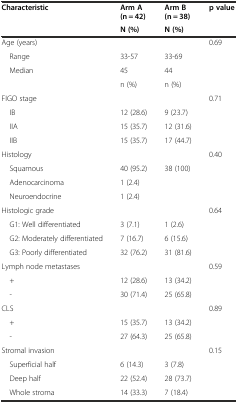
<table><thead><tr><td rowspan="2"><b>Characteristic</b></td><td><b>Arm A (n = 42)</b></td><td><b>Arm B (n = 38)</b></td><td rowspan="2"><b>p value</b></td></tr><tr><td><b>N (%)</b></td><td><b>N (%)</b></td></tr></thead><tbody><tr><td>Age (years)</td><td></td><td></td><td>0.69</td></tr><tr><td> Range</td><td>33-57</td><td>33-69</td><td></td></tr><tr><td> Median</td><td>45</td><td>44</td><td></td></tr><tr><td></td><td>n (%)</td><td>n (%)</td><td></td></tr><tr><td>FIGO stage</td><td></td><td></td><td>0.71</td></tr><tr><td> IB</td><td>12 (28.6)</td><td>9 (23.7)</td><td></td></tr><tr><td> IIA</td><td>15 (35.7)</td><td>12 (31.6)</td><td></td></tr><tr><td> IIB</td><td>15 (35.7)</td><td>17 (44.7)</td><td></td></tr><tr><td>Histology</td><td></td><td></td><td>0.40</td></tr><tr><td> Squamous</td><td>40 (95.2)</td><td>38 (100)</td><td></td></tr><tr><td> Adenocarcinoma</td><td>1 (2.4)</td><td></td><td></td></tr><tr><td> Neuroendocrine</td><td>1 (2.4)</td><td></td><td></td></tr><tr><td colspan="2">Histologic grade</td><td></td><td>0.64</td></tr><tr><td> G1: Well differentiated</td><td>3 (7.1)</td><td>1 (2.6)</td><td></td></tr><tr><td> G2: Moderately differentiated</td><td>7 (16.7)</td><td>6 (15.6)</td><td></td></tr><tr><td> G3: Poorly differentiated</td><td>32 (76.2)</td><td>31 (81.6)</td><td></td></tr><tr><td colspan="2">Lymph node metastases</td><td></td><td>0.59</td></tr><tr><td> +</td><td>12 (28.6)</td><td>13 (34.2)</td><td></td></tr><tr><td> -</td><td>30 (71.4)</td><td>25 (65.8)</td><td></td></tr><tr><td>CLS</td><td></td><td></td><td>0.89</td></tr><tr><td> +</td><td>15 (35.7)</td><td>13 (34.2)</td><td></td></tr><tr><td> -</td><td>27 (64.3)</td><td>25 (65.8)</td><td></td></tr><tr><td colspan="2">Stromal invasion</td><td></td><td>0.15</td></tr><tr><td> Superficial half</td><td>6 (14.3)</td><td>3 (7.8)</td><td></td></tr><tr><td> Deep half</td><td>22 (52.4)</td><td>28 (73.7)</td><td></td></tr><tr><td> Whole stroma</td><td>14 (33.3)</td><td>7 (18.4)</td><td></td></tr></tbody></table>